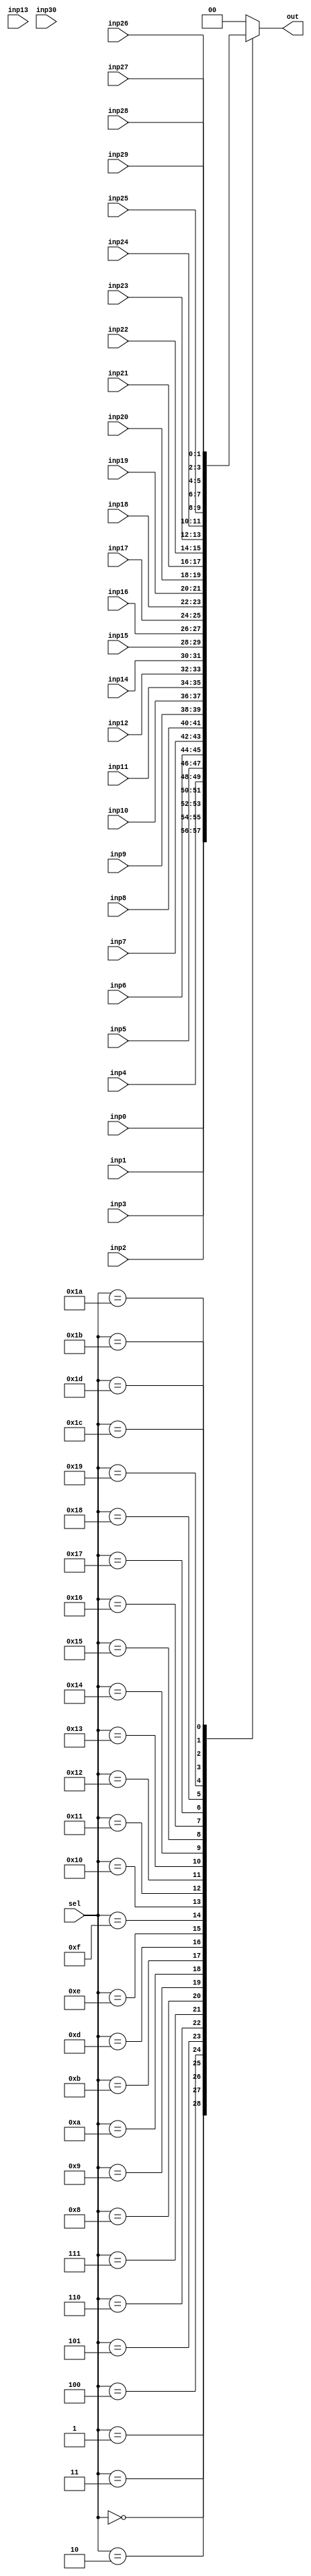
// See LICENSE.vyoma for details

module mux(sel,inp0, inp1, inp2, inp3, inp4, inp5, inp6, inp7, inp8, 
           inp9, inp10, inp11, inp12, inp13, inp14, inp15, inp16, inp17,
           inp18, inp19, inp20, inp21, inp22, inp23, inp24, inp25, inp26,
           inp27, inp28, inp29, inp30, out);  //TODO BUG FOUND!! 5-bit select input can take upto 32 input lines
                                        //Here only 31 are provided    

  input [4:0] sel;
  input [1:0] inp0, inp1, inp2, inp3, inp4, inp5, inp6,
            inp7, inp8, inp9, inp10, inp11, inp12, inp13, 
            inp14, inp15, inp16, inp17, inp18, inp19, inp20,
            inp21, inp22, inp23, inp24, inp25, inp26,
            inp27, inp28, inp29, inp30; //TODO BUG FOUND!! 5-bit select input can take upto 32 input lines
                                        //Here only 31 are provided

  output [1:0] out;
  reg [1:0] out;

  // Based on sel signal value, one of the inp0-inp30 gets assigned to the 
  // output signal
  always @(sel or inp0  or inp1 or  inp2 or inp3 or inp4 or inp5 or inp6 or
            inp7 or inp8 or inp9 or inp10 or inp11 or inp12 or inp13 or 
            inp14 or inp15 or inp16 or inp17 or inp18 or inp19 or inp20 or
            inp21 or inp22 or inp23 or inp24 or inp25 or inp26 or inp27 or 
            inp28 or inp29 or inp30 )   //BUG FOUND!! inp31 missing!!

  begin
    case(sel)
      5'b00000: out = inp0;  
      5'b00001: out = inp1;  
      5'b00010: out = inp2;  
      5'b00011: out = inp3;  
      5'b00100: out = inp4;  
      5'b00101: out = inp5;  
      5'b00110: out = inp6;  
      5'b00111: out = inp7;  
      5'b01000: out = inp8;  
      5'b01001: out = inp9;  
      5'b01010: out = inp10;
      5'b01011: out = inp11;
      5'b01101: out = inp12;
      5'b01101: out = inp13;
      5'b01110: out = inp14;
      5'b01111: out = inp15;
      5'b10000: out = inp16;
      5'b10001: out = inp17;
      5'b10010: out = inp18;
      5'b10011: out = inp19;
      5'b10100: out = inp20;
      5'b10101: out = inp21;
      5'b10110: out = inp22;
      5'b10111: out = inp23;
      5'b11000: out = inp24;
      5'b11001: out = inp25;
      5'b11010: out = inp26;
      5'b11011: out = inp27;
      5'b11100: out = inp28;
      5'b11101: out = inp29;
      //BUG FOUND!! 2 test cases are missing inp30 and inp31
      default: out = 0;
    endcase
  end

endmodule